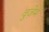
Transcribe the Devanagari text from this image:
वुज़ेम